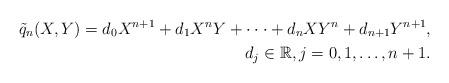
LaTeX: \begin{align*} \tilde{q}_{n}(X, Y) = d_0X^{n+1} + d_1X^{n}Y + \cdot \cdot \cdot + d_nXY^{n} + d_{n+1}Y^{n+1}, \\d_j \in {\mathbb R}, j = 0, 1, \dots, n+1.\end{align*}